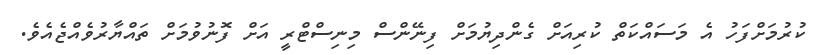
ކުރުމަށްފަހު އެ މަސައްކަތް ކުރިއަށް ގެންދިޔުމަށް ފިނޭންސް މިނިސްޓްރީ އަށް ފޮނުވުމަށް ތައްޔާރުވެއްޖެއެވެ.